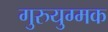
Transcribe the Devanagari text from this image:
गुरुयुग्मक